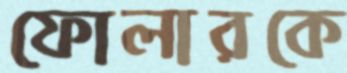
ফোলারকে